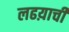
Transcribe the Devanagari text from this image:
लढय़ाची